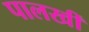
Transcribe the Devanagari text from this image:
पालखीं